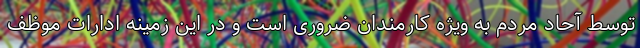
توسط آحاد مردم به ویژه کارمندان ضروری است و در این زمینه ادارات موظف